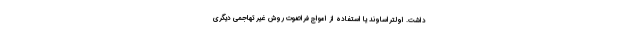
داشت. اولتراساوند یا استفاده از امواج فراصوت روش غیر تهاجمی دیگری